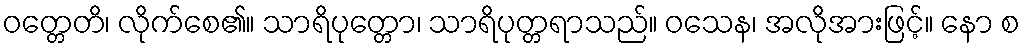
ဝတ္တေတိ၊ လိုက်စေ၏။ သာရိပုတ္တော၊ သာရိပုတ္တရာသည်။ ဝသေန၊ အလိုအားဖြင့်။ နော စ